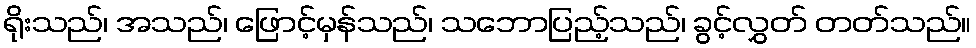
ရိုးသည်၊ အသည်၊ ဖြောင့်မှန်သည်၊ သဘောပြည့်သည်၊ ခွင့်လွှတ် တတ်သည်။